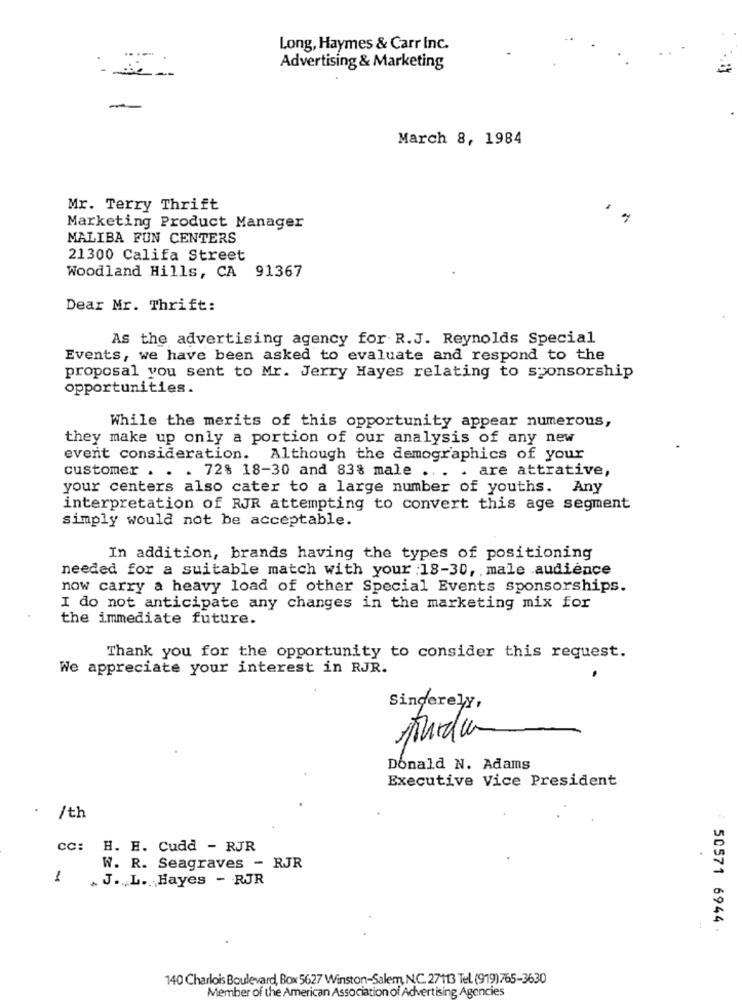
Long, Haymes & Carr Inc.
Advertising & Marketing
-
March 8, 1984
Mr. Terry Thrift
Marketing Product Manager
MALIBA FUN CENTERS
21300 Califa Street
Woodland Hills, CA 91367
Dear Mr. Thrift:
As the advertising agency for R.J. Reynolds Special
Events, we have been asked to evaluate and respond to the
proposal you sent to Mr. Jerry Hayes relating to sponsorship
opportunities.
While the merits of this opportunity appear numerous,
they make up only a portion of our analysis of any new
event consideration. Although the demographics of your
customer . . . 72% 18-30 and 83% male .
. are attrative,
your centers also cater to a large number of youths. Any
interpretation of RJR attempting to convert this age segment
simply would not be acceptable.
In addition, brands having the types of positioning
needed for a suitable match with your :18-30, . male .audience
now carry a heavy load of other Special Events sponsorships.
I do not anticipate any changes in the marketing mix for
the immediate future.
Thank you for the opportunity to consider this request.
We appreciate your interest in RJR.
Sincerely,
Funda-
Donald N. Adams
Executive Vice President
. /th
cc: H. H. Cudd - RJR
W. R. Seagraves - RJR
1
.J. L. Hayes - RJR
50571 6944.
140 Charlois Boulevard, Box 5627 Winston-Salem, N.C. 27113 Tel. (919)765-3630
Member of the American Association of Advertising Agencies